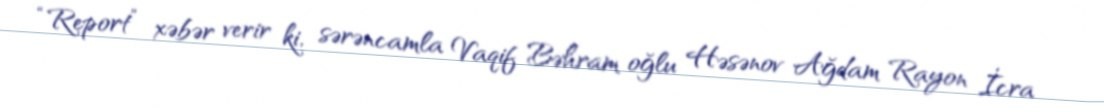
“Report” xəbər verir ki, sərəncamla Vaqif Bəhram oğlu Həsənov Ağdam Rayon İcra